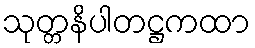
သုတ္တနိပါတဋ္ဌကထာ